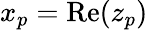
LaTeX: x_{p}=\operatorname{Re}(z_{p})